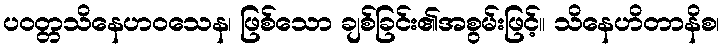
ပဝတ္တသိနေဟဝသေန၊ ဖြစ်သော ချစ်ခြင်း၏အစွမ်းဖြင့်။ သိနေဟိတာနိစ၊